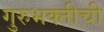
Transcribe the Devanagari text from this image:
गुरुभक्तीची